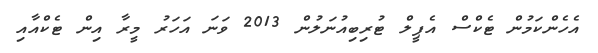
އެހެންކަމުން ޓެކްސް އެޕީލް ޓުރިބިއުނަލުން 2013 ވަނަ އަހަރު މީރާ އިން ޓެކްއާއި